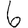
Digit: 6